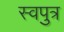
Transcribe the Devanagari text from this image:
स्वपुत्र